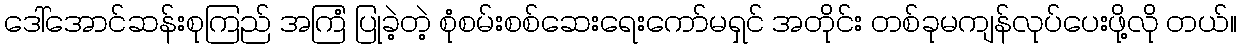
ဒေါ်အောင်ဆန်းစုကြည် အကြံ ပြုခဲ့တဲ့ စုံစမ်းစစ်ဆေးရေးကော်မရှင် အတိုင်း တစ်ခုမကျန်လုပ်ပေးဖို့လို တယ်။